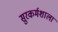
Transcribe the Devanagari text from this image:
सुरकर्मशाला